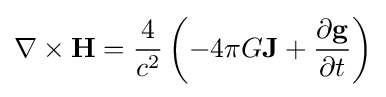
\nabla \times \mathbf {H} ={\frac {4}{c^{2}}}\left(-4\pi G\mathbf {J} +{\frac {\partial \mathbf {g} }{\partial t}}\right)\,\!